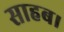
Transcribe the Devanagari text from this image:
साहब।